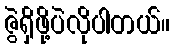
ဇွဲရှိဖို့ပဲလိုပါတယ်။